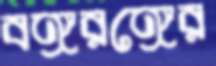
বঙ্গরঙ্গের